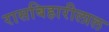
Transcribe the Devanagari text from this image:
रासबिहारीलाल